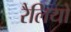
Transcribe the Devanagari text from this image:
रैलियो